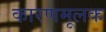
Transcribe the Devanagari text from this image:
कारणमूलक